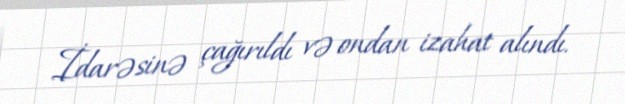
İdarəsinə çağırıldı və ondan izahat alındı.